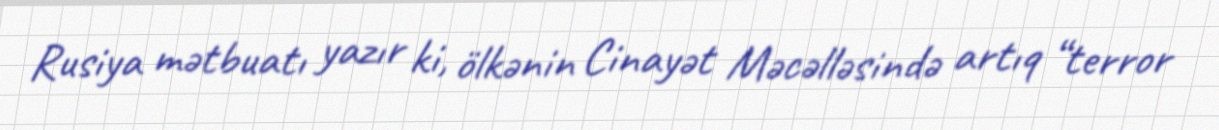
Rusiya mətbuatı yazır ki, ölkənin Cinayət Məcəlləsində artıq “terror